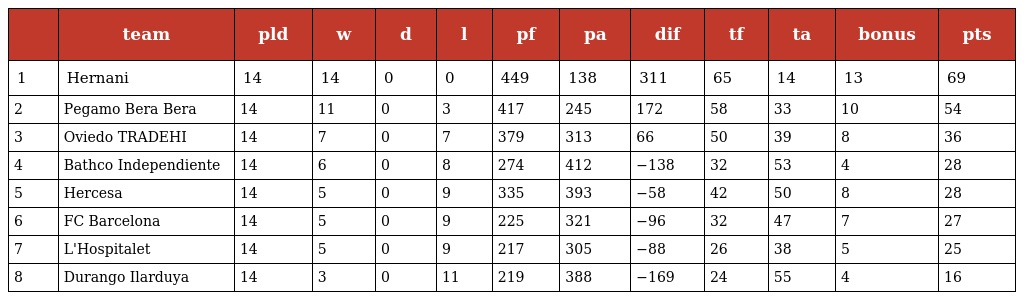
|  | team | pld | w | d | l | pf | pa | dif | tf | ta | bonus | pts |
 | --- | --- | --- | --- | --- | --- | --- | --- | --- | --- | --- | --- | --- |
 | 1 | Hernani | 14 | 14 | 0 | 0 | 449 | 138 | 311 | 65 | 14 | 13 | 69 |
 | 2 | Pegamo Bera Bera | 14 | 11 | 0 | 3 | 417 | 245 | 172 | 58 | 33 | 10 | 54 |
 | 3 | Oviedo TRADEHI | 14 | 7 | 0 | 7 | 379 | 313 | 66 | 50 | 39 | 8 | 36 |
 | 4 | Bathco Independiente | 14 | 6 | 0 | 8 | 274 | 412 | −138 | 32 | 53 | 4 | 28 |
 | 5 | Hercesa | 14 | 5 | 0 | 9 | 335 | 393 | −58 | 42 | 50 | 8 | 28 |
 | 6 | FC Barcelona | 14 | 5 | 0 | 9 | 225 | 321 | −96 | 32 | 47 | 7 | 27 |
 | 7 | L'Hospitalet | 14 | 5 | 0 | 9 | 217 | 305 | −88 | 26 | 38 | 5 | 25 |
 | 8 | Durango Ilarduya | 14 | 3 | 0 | 11 | 219 | 388 | −169 | 24 | 55 | 4 | 16 |